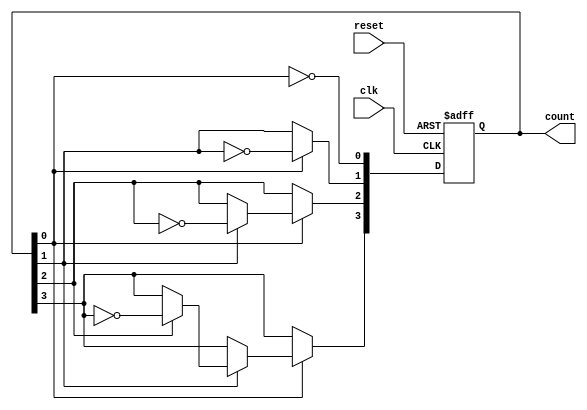
module async_counter #(
    parameter N = 4 // Parameter to define the bit width of the counter
)(
    input wire clk,         // Clock input
    input wire reset,       // Asynchronous reset input
    output reg [N-1:0] count // N-bit output for the counter
);

// Always block triggered by the clock or reset
always @(posedge clk or posedge reset) begin
    if (reset) begin
        count <= 0; // Reset the counter to 0
    end else begin
        // Asynchronous counting logic
        count[0] <= ~count[0]; // Toggle LSB on every clock pulse
        if (count[0]) begin
            count[1] <= ~count[1]; // Toggle next bit if LSB is high
            if (count[1]) begin
                count[2] <= ~count[2]; // Toggle next bit if second bit is high
                if (count[2]) begin
                    count[3] <= ~count[3]; // Continue this pattern for N bits
                    // Add more if N > 4
                end
            end
        end
    end
end

endmodule